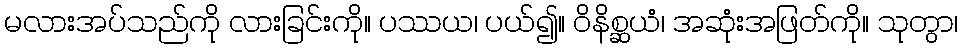
မလားအပ်သည်ကို လားခြင်းကို။ ပဿယ၊ ပယ်၍။ ဝိနိစ္ဆယံ၊ အဆုံးအဖြတ်ကို။ သုတွာ၊